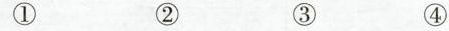
① ② ③ ④